Annual report of lunatic asylums [Bombay] - 1912-1922
Year: 1912
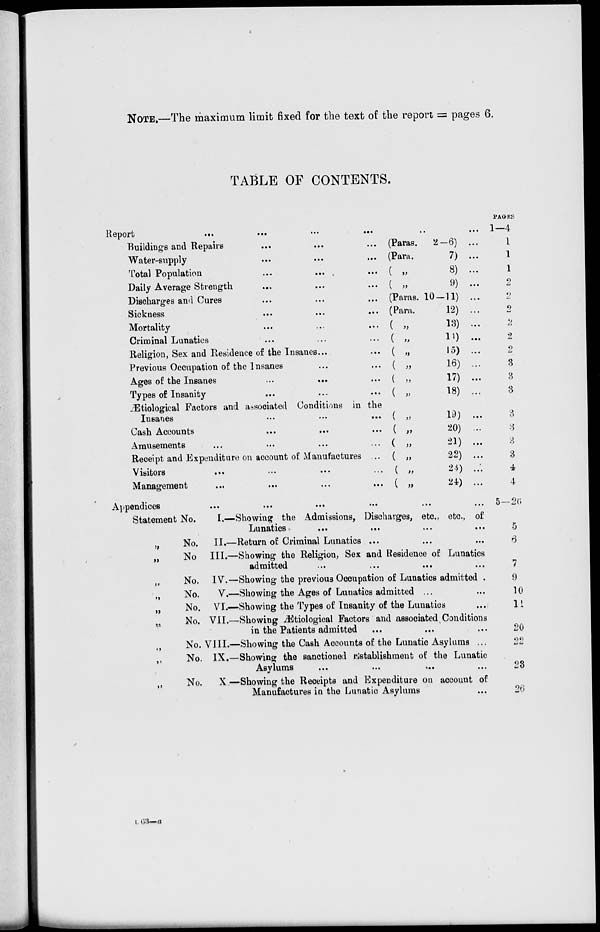
NOTE.—The maximum limit fixed for the text of the report = pages 6.
TABLE OF CONTENTS.
Report
...
...
...
...
Buildings and Repairs ... ... ...
Water-supply ... ... ...
Total Population ... ... ...
Daily Average Strength ... ... ...
Discharges and Cures ... ... ...
Sickness
...
...
...
Mortality ... ... ...
Criminal Lunatics ... ... ...
Religion, Sex and Residence of the Insanes ... ...
Previous Occupation of the Insanes ... ...
Ages of the Insanes
...
...
...
Types of Insanity ... ... ...
Ætiological Factors and associated Conditions in the
Insanes ... ... ...
Cash Accounts ... ... ...
Amusements ... ... ... ...
Receipt and Expenditure on account of Manufactures ...
Visitors ... ... ... ...
Management ... ... ... ...
... ...
(Paras.
2—6) ...
(Para.
7) ...
(
„
8) ...
(
„
9) ...
(Paras. 10-11) ...
(Para.
12) ...
( „
13) ...
( „
14)
( „
15) ...
( „
16) ...
( „
17) ...
( „
18) ...
(
„
19)
...
( „
20) ...
( „ 21) ...
( „
22) ...
( „
23) ...
(
„
24) ...
PAGES
1—4
1
1
1
2
2
2
2
2
2
3
3
3
3
3
3
3
4
4
Appendices
...
...
... ... ...
Statement No.
„
No.
„ No
„ No.
„ No.
„ No.
„ No.
„ No.
„ No.
„ No.
I.—Showing the Admissions, Discharges, etc., etc., of
Lunatics ... ... ... ...
II.—Return of Criminal Lunatics ... ... ...
III.—Showing the Religion, Sex and Residence of Lunatics
admitted ... ... ... ...
IV.—Showing the previous Occupation of Lunatics admitted .
V.—Showing the Ages of Lunatics admitted ... ...
VI.—Showing the Types of Insanity of the Lunatics ...
VII.—Showing Ætiological Factors and associated Conditions
in the Patients admitted ... ... ...
VIII.—Showing the Cash Accounts of the Lunatic Asylums ...
IX.—Showing the sanctioned Establishment of the Lunatic
Asylums
X.—Showing the Receipts and Expenditure on account of
Manufactures in the Lunatic Asylums ...
5—26
5
7
9
10
11
20
22
23
26
L 63—a